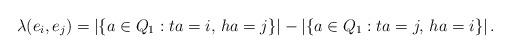
LaTeX: \begin{align*}\lambda(e_i,e_j) = \left| \{a\in Q_1:ta = i,\,ha=j\} \right|- \left| \{a\in Q_1:ta = j,\,ha=i\} \right|.\end{align*}